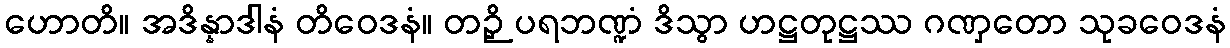
ဟောတိ။ အဒိန္နာဒါနံ တိဝေဒနံ။ တဉှိ ပရဘဏ္ဍံ ဒိသွာ ဟဋ္ဌတုဋ္ဌဿ ဂဏှတော သုခဝေဒနံ